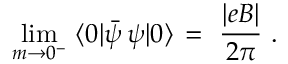
\operatorname * { l i m } _ { m \rightarrow 0 ^ { - } } \, \, \langle 0 | \bar { \psi } \, \psi | 0 \rangle \, = \, \, \frac { | e B | } { 2 \pi } \, \, .